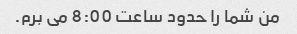
من شما را حدود ساعت 8:00 می برم.